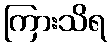
ကြားသိရ